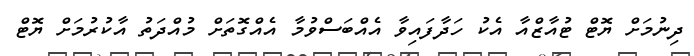
ދިނުމަށް ޔޮޓް ޓުއާޒްއާ އެކު ހަދާފައިވާ އެއްބަސްވުމާ އެއްގޮތަށް މުއްދަތު އާކުރުމަށް ޔޮޓް